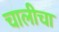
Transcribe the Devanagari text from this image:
चालीचा